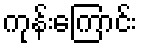
ကုန်းကြောင်း